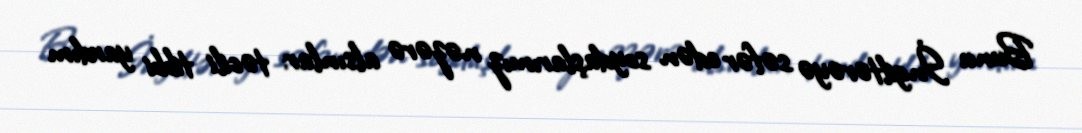
Bunu İngiltərəyə səfər edən soydaşlarımız nəzərə alsınlar: təcili tibbi yardım